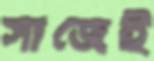
সাজেই